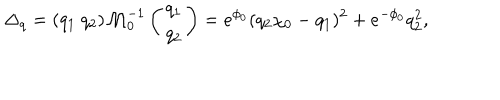
\Delta _ { q } = ( q _ { 1 } \ q _ { 2 } ) \mathcal { M } _ { 0 } ^ { - 1 } \left( \begin{array} { c } { { q _ { 1 } } } \\ { { q _ { 2 } } } \\ \end{array} \right) = e ^ { \phi _ { 0 } } ( q _ { 2 } \chi _ { 0 } - q _ { 1 } ) ^ { 2 } + e ^ { - \phi _ { 0 } } q _ { 2 } ^ { 2 } ,